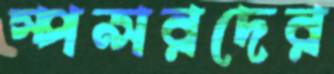
স্পন্সরদের